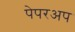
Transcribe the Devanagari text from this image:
पेपरअप